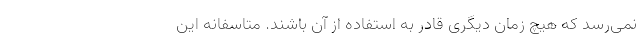
نمی‌رسد که هیچ زمان دیگری قادر به استفاده از آن باشند. متاسفانه این